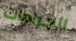
الجراحات